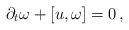
\begin{align*}\partial_t\omega+[u,\omega]=0\,,\end{align*}